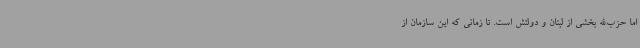
اما حزب‌الله بخشی از لبنان و دولتش است. تا زمانی که این سازمان از